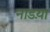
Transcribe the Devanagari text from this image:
नाडय़ा